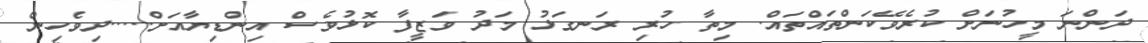
ދަންނަ މީހުނަށް ކުރެވޭކަންތައްތައް. މިތާ ހުރި ރަނގަޅު މަދު ވަޒީފާ ކޮޅުވެސް އިންޑިޔާއަށް.....ދިވެހިން